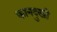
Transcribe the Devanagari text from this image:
कानदुखी